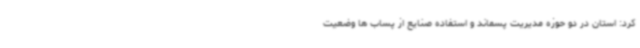
کرد: استان در دو حوزه مدیریت پسماند و استفاده صنایع از پساب ها وضعیت